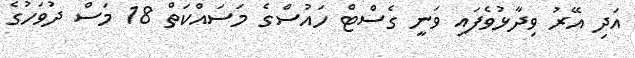
އަދި އޭރު ވިދާޅުވެފައި ވަނީ ގެސްޓް ހައުސްގެ މަސައްކަތް 18 މަސް ދުވަހުގެ